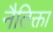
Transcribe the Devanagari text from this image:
नैतिक्ता